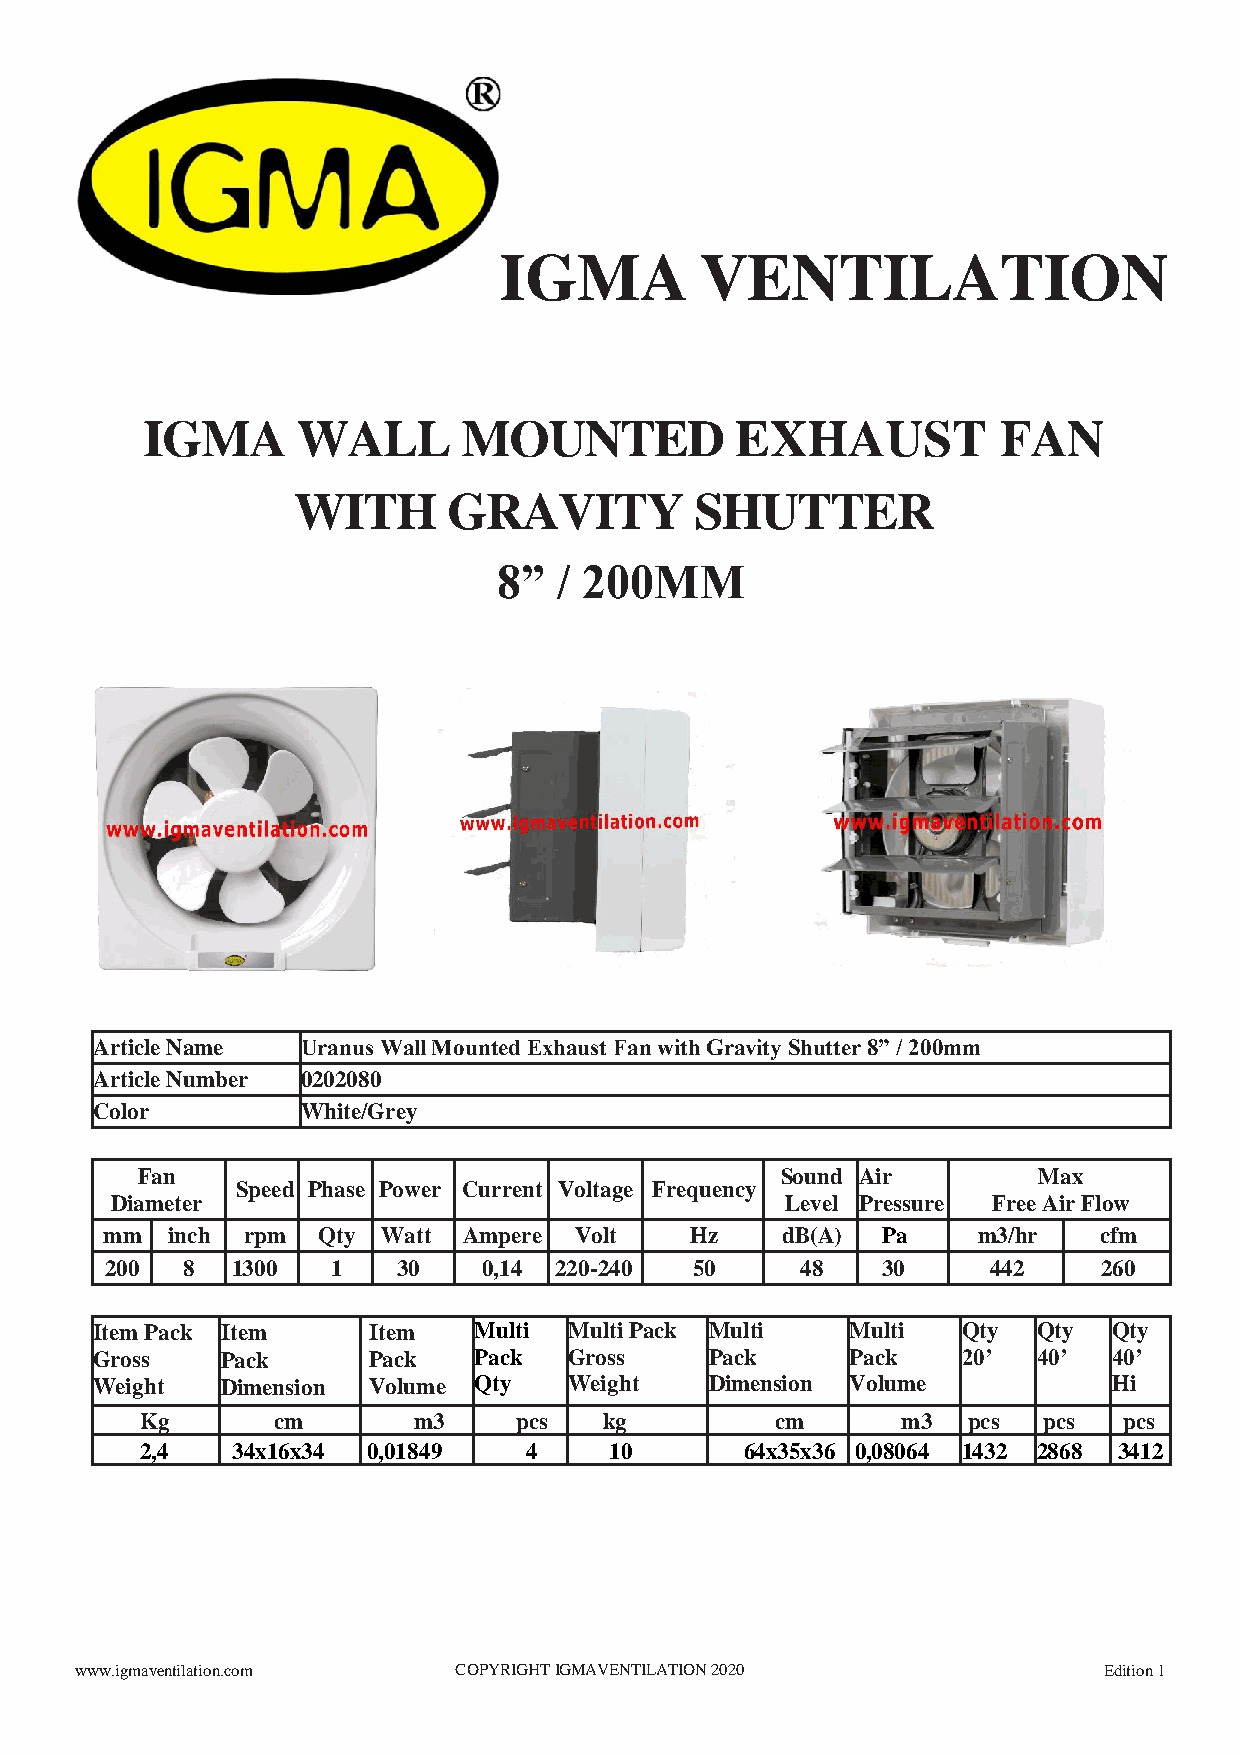
IGMA         VENTILATION
 IGMA       WALL       MOUNTED           EXHAUST          FAN
 WITH       GRAVITY         SHUTTER
 8”  / 200MM
 Article Name  Uranus Wall Mounted Exhaust Fan with Gravity Shutter 8” / 200mm
 Article Number 0202080
 Color         White/Grey
 Fan                                        Sound Air        Max
 Speed Phase Power Current Voltage Frequency
 Diameter                                     Level Pressure Free Air Flow
 mm  inch rpm  Qty Watt  Ampere Volt    Hz    dB(A) Pa     m3/hr   cfm
 200  8  1300   1   30    0,14 220-240  50     48   30      442    260
 Item Pack Item    Item   Multi  Multi Pack Multi  Multi   Qty  Qty  Qty
 Gross    Pack     Pack   P a ck Gross    Pack     Pack    20’  40’  40’
 Weight   Dimension Volume Qty   Weight   Dimension Volume           Hi
 Kg       cm       m3     pcs   kg         cm       m3  pcs  pcs  pcs
 2,4   34x16x34 0,01849    4    10       64x35x36 0,08064 1432 2868 3412
 www.igmaventilation.com  COPYRIGHT IGMAVENTILATION 2020             Edition 1